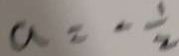
a = - \frac { 1 } { 2 }